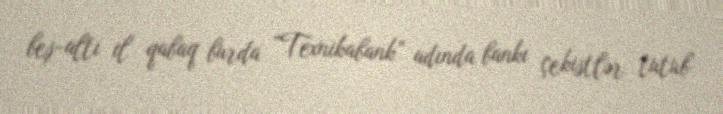
beş-altı il qabaq burda “Texnikabank” adında bankı çekistlər tutub